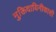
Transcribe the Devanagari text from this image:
मुक्तिदायिनीकाशी